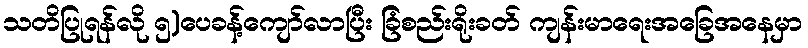
သတိပြုရန်လို ၅)ပေခန့်ကျော်လာပြီး ခြံစည်းရိုးခတ် ကျန်းမာရေးအခြေအနေမှာ